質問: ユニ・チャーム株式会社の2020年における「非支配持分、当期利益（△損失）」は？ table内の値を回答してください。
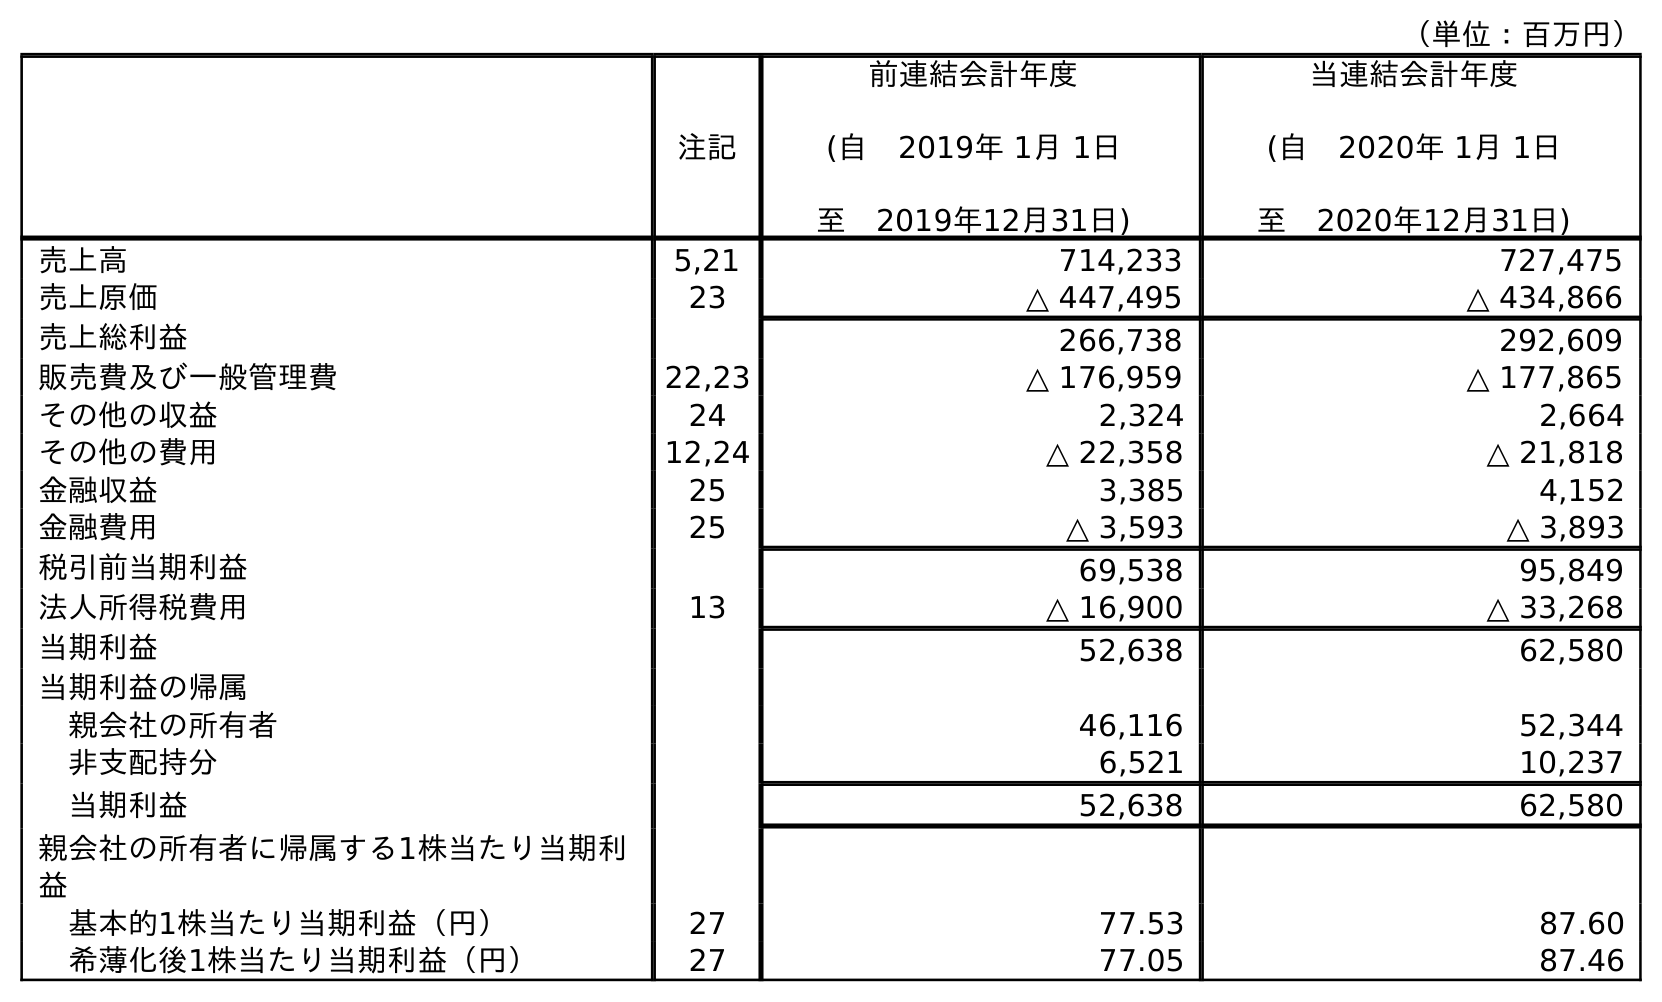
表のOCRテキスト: （単位：百万円） 注記 前連結会計年度 (自 2019年 1月 1日 至 2019年12月31日) 当連結会計年度 (自 2020年 1月 1日 至 2020年12月31日) 売上高 5,21 714,233 727,475 売上原価 23 △ 447,495 △ 434,866 売上総利益 266,738 292,609 販売費及び一般管理費 22,23 △ 176,959 △ 177,865 その他の収益 24 2,324 2,664 その他の費用 12,24 △ 22,358 △ 21,818 金融収益 25 3,385 4,152 金融費用 25 △ 3,593 △ 3,893 税引前当期利益 69,538 95,849 法人所得税費用 13 △ 16,900 △ 33,268 当期利益 52,638 62,580 当期利益の帰属 親会社の所有者 46,116 52,344 非支配持分 6,521 10,237 当期利益 52,638 62,580 親会社の所有者に帰属する1株当たり当期利 益 基本的1株当たり当期利益（円） 27 77.53 87.60 希薄化後1株当たり当期利益（円） 27 77.05 87.46
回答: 10,237